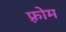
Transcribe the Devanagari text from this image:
फ़्रोम